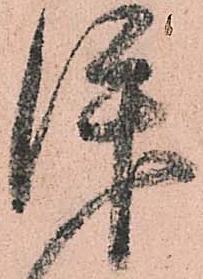
拝